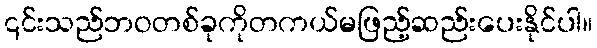
၎င်းသည်ဘဝတစ်ခုကိုတကယ်မဖြည့်ဆည်းပေးနိုင်ပါ။